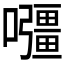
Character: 𭌡